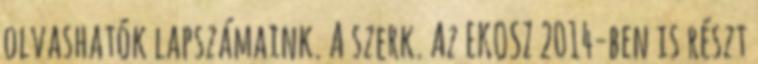
olvashatók lapszámaink. A szerk. Az EKOSZ 2014-ben is részt